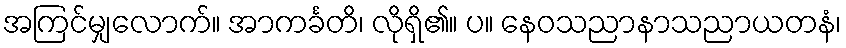
အကြင်မျှလောက်။ အာကင်္ခတိ၊ လိုရှိ၏။ ပ။ နေဝသညာနာသညာယတနံ၊